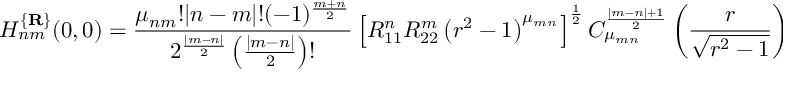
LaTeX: H _ { n m } ^ { \{ { \bf R } \} } ( 0 , 0 ) = \frac { \mu _ { n m } ! | n - m | ! ( - 1 ) ^ { \frac { m + n } 2 } } { 2 ^ { \frac { | m - n | } 2 } \left( \frac { | m - n | } 2 \right) ! } \left[ R _ { 1 1 } ^ { n } R _ { 2 2 } ^ { m } \left( r ^ { 2 } - 1 \right) ^ { \mu _ { m n } } \right] ^ { \frac 1 2 } C _ { \mu _ { m n } } ^ { \frac { | m - n | + 1 } 2 } \left( \frac r { \sqrt { r ^ { 2 } - 1 } } \right) .